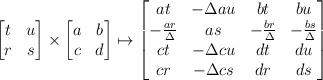
LaTeX: \begin{align*} \begin{bmatrix} t&u\\r&s\end{bmatrix}\times \begin{bmatrix} a&b\\c&d \end{bmatrix} \mapsto \begin{bmatrix} at & -\Delta au&bt&bu \\ -\frac{ar}{\Delta}&as&-\frac{br}{\Delta}&-\frac{bs}{\Delta}\\ct&-\Delta cu&dt&du\\ cr&-\Delta cs&dr&ds\end{bmatrix}\end{align*}